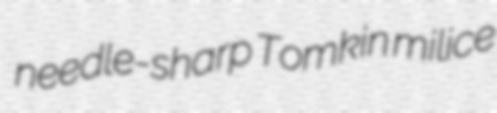
needle-sharp Tomkin milice